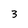
Character: 3